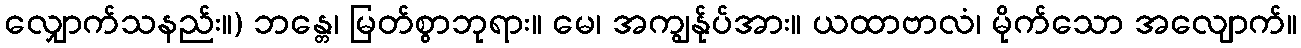
လျှောက်သနည်း။) ဘန္တေ၊ မြတ်စွာဘုရား။ မေ၊ အကျွန်ုပ်အား။ ယထာဗာလံ၊ မိုက်သော အလျောက်။